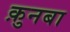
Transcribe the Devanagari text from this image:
क़ुनबा